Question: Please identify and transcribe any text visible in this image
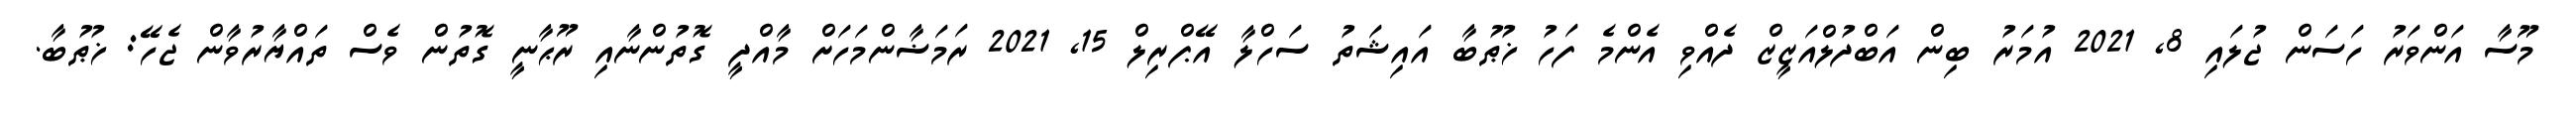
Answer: މޫސާ އަންވަރު ހަސަން ޖުލައި 8, 2021 އުމަރު ބިން އަބްދުލްއަޒީޒް ދެއްވި އެންމެ ފަހު ޚުޠުބާ އައިޝަތު ސަހްލާ އޭޕްރިލް 15, 2021 ރަމަޟާންމަހަށް މާއްދީ ގޮތުންނާއި ރޫޙާނީ ގޮތުން ވެސް ތައްޔާރުވާން ޖެހޭ: ޚުޠުބާ.